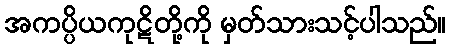
အကပ္ပိယကုဋိတို့ကို မှတ်သားသင့်ပါသည်။